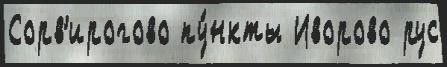
Сорв'ирогово пу́нкты Иворово рус